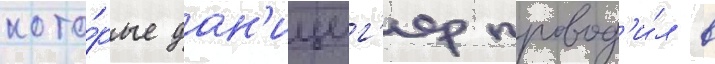
кото́рые дан'ициг'ер провод'и́л в